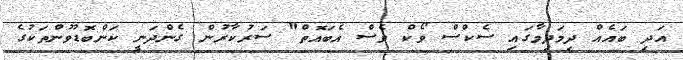
އަދި ބައެއް ދިމަދިމާގައި ސެކްސް ވޯކް ވެސް އެބައޮތް" ސަރުކާރުން ގެންދަނީ ކަންބޮޑުވުންތަކުގެ